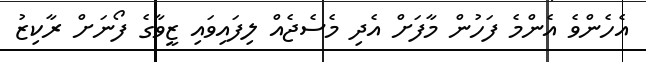
އެހެންވެ އެންމެ ފަހުން މާފަށް އެދި މެސެޖެއް ލިފައިވައި ޒީވާގެ ފޯނަށް ރާކިޒު